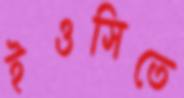
ইওসিতে